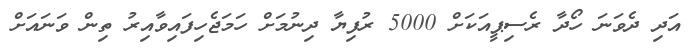
އަދި ދެވަނަ ހޯދާ ރެސިޕީއަކަށް 5000 ރުފިޔާ ދިނުމަށް ހަމަޖެހިފައިވާއިރު ތިން ވަނައަށް